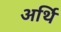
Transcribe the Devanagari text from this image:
अर्थि